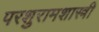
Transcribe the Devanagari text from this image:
परशुरामशास्त्री